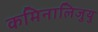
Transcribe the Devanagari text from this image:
कमिनालिजुयु